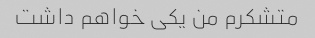
متشکرم من یکی خواهم داشت